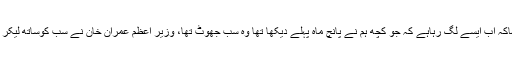
دنیا نیوز کے پروگرام ”رپورٹ کارڈ “ میں گفتگو کرتے ہوئے حبیب اکرم نے کہاکہ اب ایسے لگ رہاہے کہ جو کچھ ہم نے پانچ ماہ پہلے دیکھا تھا وہ سب جھوٹ تھا، وزیر اعظم عمران خان نے سب کوساتھ لیکر چلنے کی بات کی تھی حالانکہ مولانا فضل الرحمان اس وقت بڑے سرگرم تھے ۔